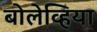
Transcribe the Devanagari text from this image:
बोलेव्हिया